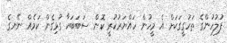
ފުލުހުންގެ ތަހުގީގަކަށް އެ މީހުން ހައްޔަރުކުރީ ކޮން ސަބަބަކާ ގުޅިގެން ކަމެއް ނޭނގެ